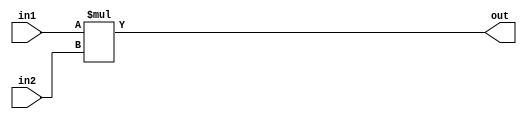
module Multiplier #(
    parameter DATA_WIDTH = 16
) (
    input wire signed [DATA_WIDTH-1:0] in1, in2,
    output wire signed [2*DATA_WIDTH-1:0] out
);
  assign out = in1*in2;
endmodule